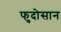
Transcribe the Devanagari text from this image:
फुदोसान